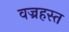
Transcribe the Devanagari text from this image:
वज्रहस्त